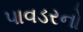
પાવડરનો